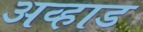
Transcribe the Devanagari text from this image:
अव्हाड